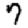
Digit: 7